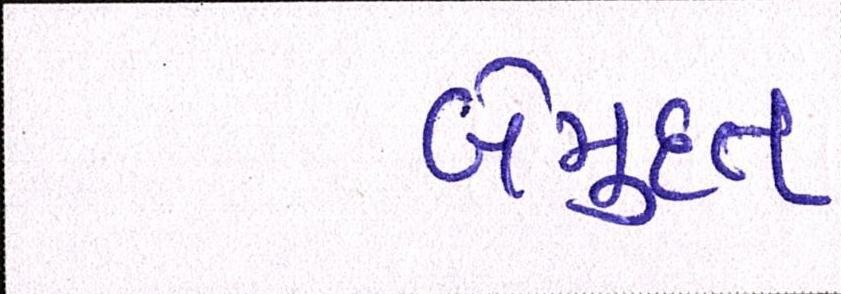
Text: બેમુદત